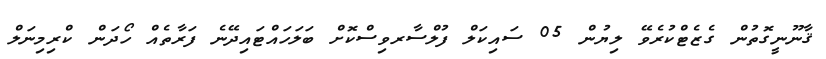
ޤާނޫނީގޮތުން ގެޒެޓްކުރެވޭ ލިޔުން 05 ސައިކަލް ފުލްސާރވިސްކޮށް ބަލަހައްޓައިދޭނެ ފަރާތެއް ހޯދަން ކްރިމިނަލް